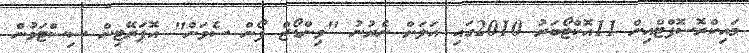
މައިކްރޮސޮފްޓްއިން 11އޮކްޓޯބަރު 2010ގައި އަލަށް ނެރުނު "ވިންޑޯޒް ފޯން ސެވަން" އޮޕަރޭޓިން ސިސްޓަމުން